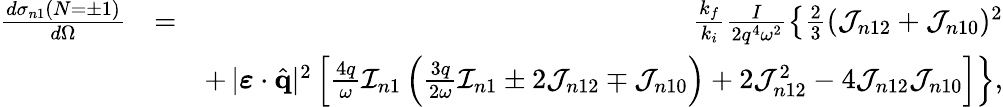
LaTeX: \begin{array}{rlr}{\frac{d{\sigma}_{n1}(N=\pm 1)}{d\Omega}}&{=}&{\frac{k_{f}}{k_{i}}\frac{I}{2q^{4}\omega^{2}}\left\{ \frac{2}{3}({\cal J}_{n12}+{\cal J}_{n10})^{2}\right.}\\ &{}&{+\left.|\boldsymbol{\varepsilon}\cdot\hat{\mathbf{q}}|^{2}\left[\frac{4q}{\omega}{\cal I}_{n1}\left(\frac{3q}{2\omega}{\cal I}_{n1}\pm 2{\cal J}_{n12}\mp{\cal J}_{n10}\right)+2{\cal J}_{n12}^{2}-4{\cal J}_{n12}{\cal J}_{n10}\right]\right\} ,}\end{array}